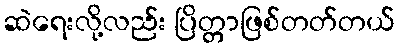
ဆဲရေးလို့လည်း ပြိတ္တာဖြစ်တတ်တယ်